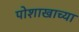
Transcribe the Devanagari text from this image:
पोशाखाच्या